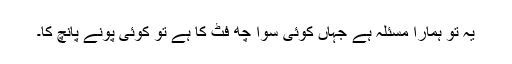
یہ تو ہمارا مسئلہ ہے جہاں کوئی سوا چھ فٹ کا ہے تو کوئی پونے پانچ کا۔